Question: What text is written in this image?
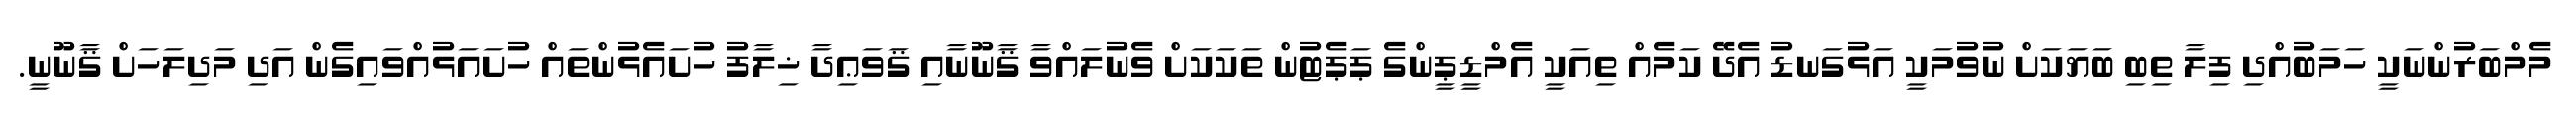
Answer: މެމްބަރުންނަކީ ހަމަބުއްދި ފިލާ ތިބި ބަޔަކަށް ނުވުމަކީ އަޅުގަނޑު އެދޭ ކަމެއް ތިއަކީ އެމްޑީޕީންގެ ޕަޕެޓުން ތަކަކަށް ވެނުލައްވާ ޤާނޫނާއި ޤަވަޢިދާ ޚިލާފު ހުށައެޅުންތައް ހުށައަޅުއްވައިގެން އަދި މަދިލަހަށް ޤާނޫނީ.